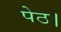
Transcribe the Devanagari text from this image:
पेठ।